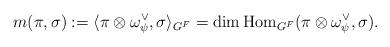
LaTeX: \begin{align*} m(\pi, \sigma):=\langle \pi\otimes \omega_\psi^\vee, \sigma\rangle_{G^F} = \dim \textrm{Hom}_{G^F}(\pi\otimes\omega_{\psi}^\vee, \sigma).\end{align*}